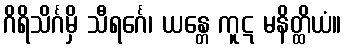
ဂိရိသိင်္ဂမှိ သီရင်္ဂေ၊ ယန္တေ ကူဋ မနိတ္ထိယံ။